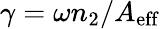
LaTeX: \gamma=\omega n_{2}/A_{\mathrm{eff}}